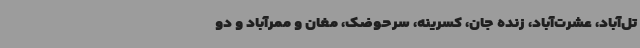
تل‌آباد، عشرت‌آباد، زنده جان، کسرینه، سرحوضک، مغان و ممرآباد و دو